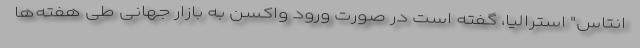
انتاس" استرالیا، گفته است در صورت ورود واکسن به بازار جهانی طی هفته‌ها